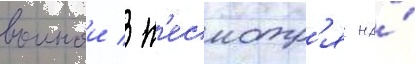
воинои / н'есмотр'я на́